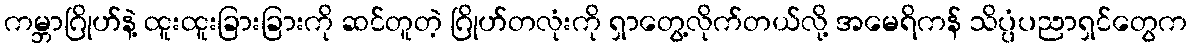
ကမ္ဘာဂြိုဟ်နဲ့ ထူးထူးခြားခြားကို ဆင်တူတဲ့ ဂြိုဟ်တလုံးကို ရှာတွေ့လိုက်တယ်လို့ အမေရိကန် သိပ္ပံပညာရှင်တွေက